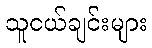
သူငယ်ချင်းများ